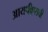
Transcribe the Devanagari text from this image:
आयपीएसची